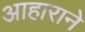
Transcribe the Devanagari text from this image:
आहाराने